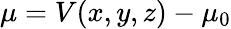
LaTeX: \mu=V(x,y,z)-\mu_{0}